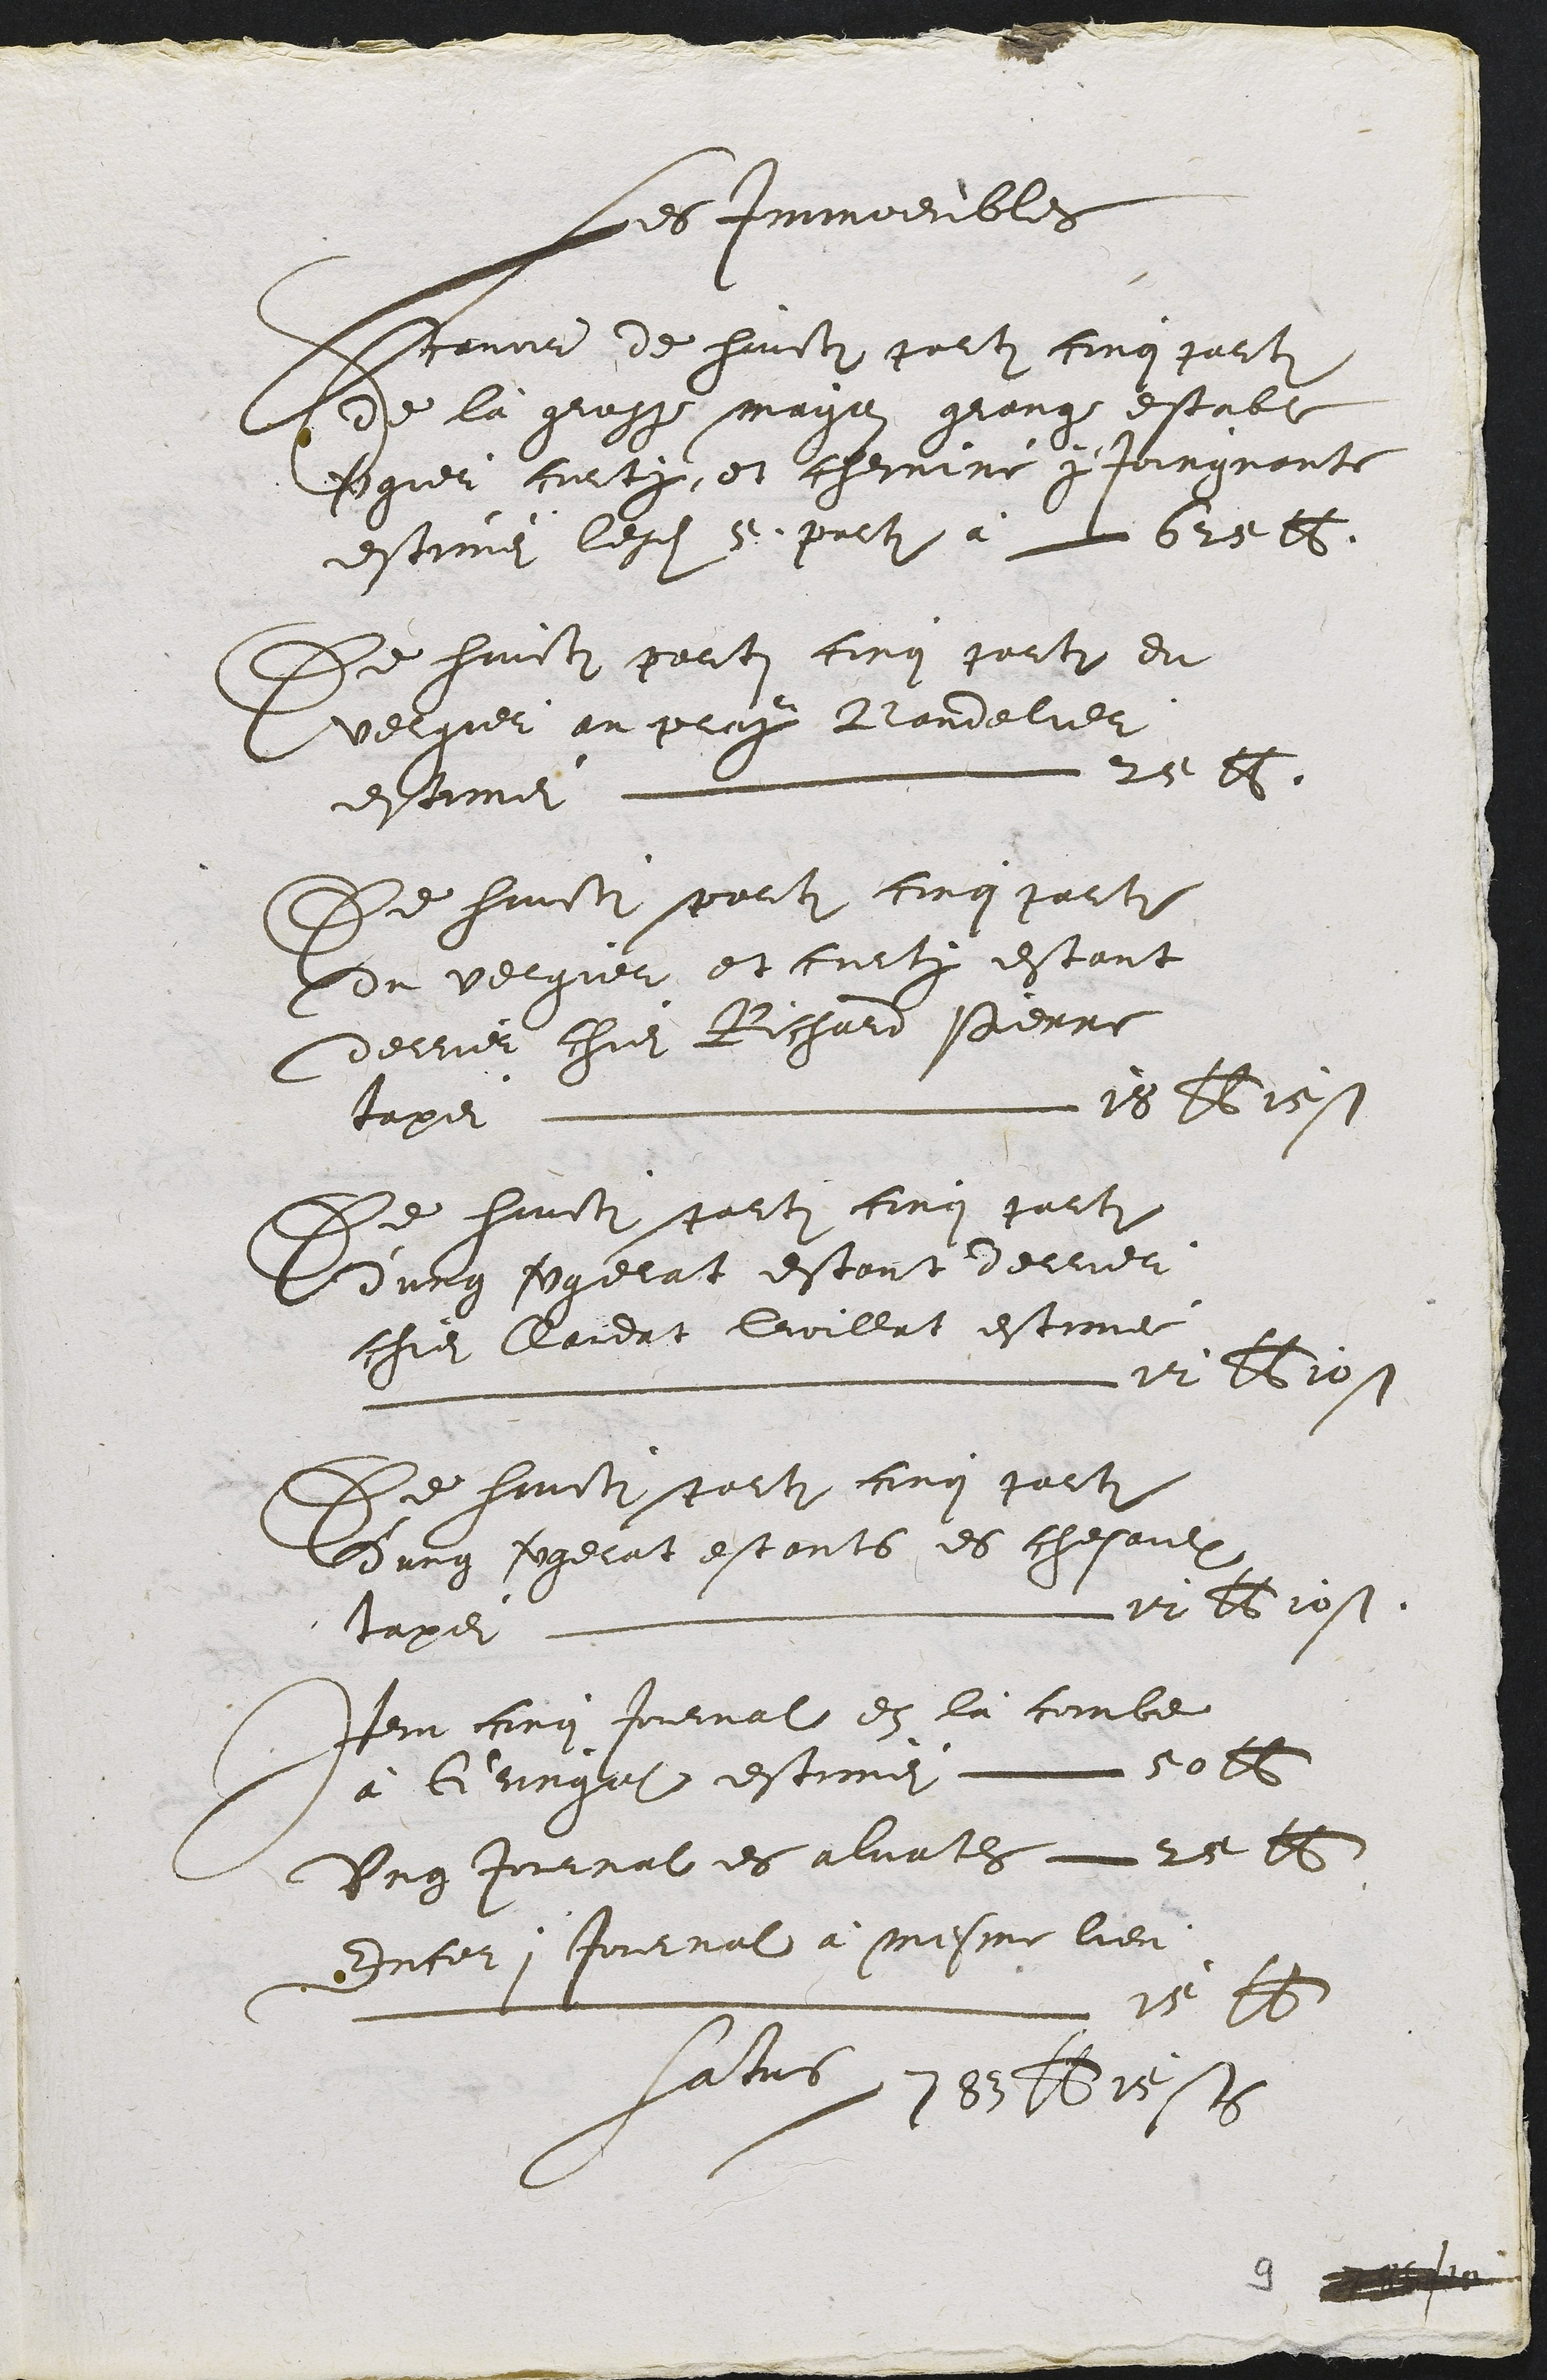
Les Iimeduble
Iemme de huusti gueti congquet
Ee la gaagg magen gueug estable
degieu cinte et themre y Jourgnante
estirne legdi e psreti a L b2e 16
De hunsi pelstn finr guiti du
velvier au plug Bardelier
estne, L 21
De han scolti conqaite
Ldeu vergier et cunly estant
Adelier chi Richai Perre
lape  6 Tst
De hausti sulti Lrri guitr
Cung vrelast estanst dellier
chie Laidat boillat estine
L e Bost
De humniscaitn nr geit
Veung vogelat estants es chefaulx
scapt y ds tost.
Imn fry toumal et la combe
a Gungat esticnt leai do
Ung jouiaat es aluatl 2e et
dnfet Rontral a mesme lieu
L N 2
datieis

aet